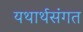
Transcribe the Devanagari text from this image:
यथार्थसंगत